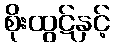
စိုးထွဋ်နှင့်